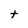
Character: t